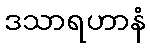
ဒသာရဟာနံ